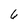
Character: 6